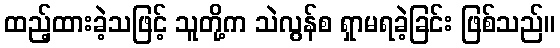
ထည့်ထားခဲ့သဖြင့် သူတို့က သဲလွန်စ ရှာမရခဲ့ခြင်း ဖြစ်သည်။